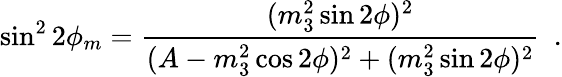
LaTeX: \sin^{2}2\phi_{m}={\frac{(m_{3}^{2}\sin 2\phi)^{2}}{(A-m_{3}^{2}\cos 2\phi)^{2}+(m_{3}^{2}\sin 2\phi)^{2}}}\ \ .